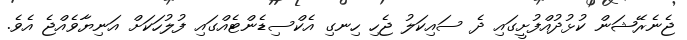
ޖެނެރޭޝަން ކުޅުދުއްފުށީގައި ދެ ސައިކަލު ޖެހި ހިނގި އެކްސިޑެންޓެއްގައި ފުލުހަކަށް އަނިޔާވެއްޖެ އެވެ.